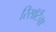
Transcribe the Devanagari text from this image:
रिसॉर्टचा